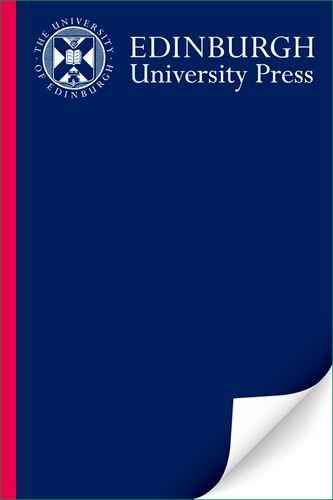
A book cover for Flora of the Arabian Peninsula and Socotra, Vol. 1; A G Miller; Travel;